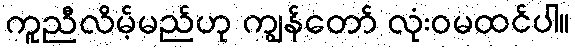
ကူညီလိမ့်မည်ဟု ကျွန်တော် လုံးဝမထင်ပါ။